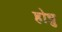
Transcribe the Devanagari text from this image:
होन्नु